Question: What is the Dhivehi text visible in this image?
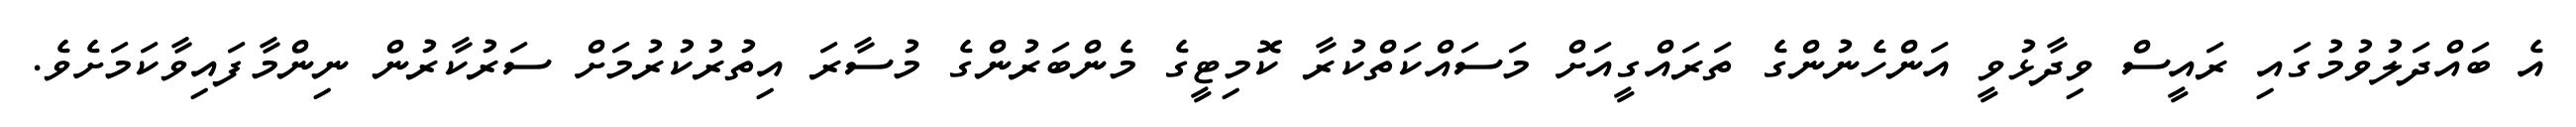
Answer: އެ ބައްދަލުވުމުގައި ރައީސް ވިދާޅުވީ އަންހެނުންގެ ތަރައްގީއަށް މަސައްކަތްކުރާ ކޮމިޓީގެ މެންބަރުންގެ މުސާރަ އިތުރުކުރުމަށް ސަރުކާރުން ނިންމާފައިވާކަމަށެވެ.